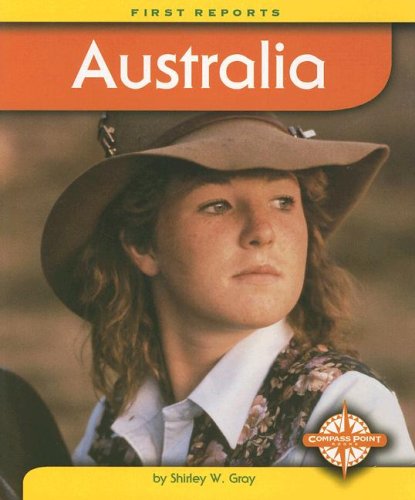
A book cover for Australia (First Reports - Countries); Shirley W. Gray; Children's Books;